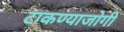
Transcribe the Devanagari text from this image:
टाकण्याजोगी